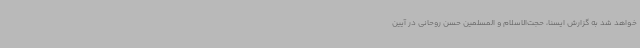
خواهد شد به گزارش ایسنا، حجت‌الاسلام‌ و المسلمین حسن روحانی در آیین